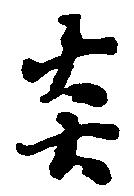
炎